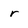
Character: r